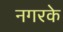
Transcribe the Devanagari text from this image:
नगरके